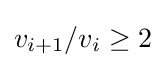
v_{i+1}/v_{i}\geq 2